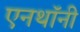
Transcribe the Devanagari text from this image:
एनथॉनी